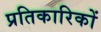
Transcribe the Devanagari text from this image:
प्रतिकारिकों